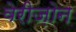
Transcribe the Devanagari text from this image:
वेरीज़ोन